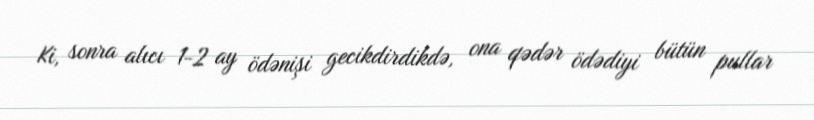
Ki, sonra alıcı 1-2 ay ödənişi gecikdirdikdə, ona qədər ödədiyi bütün pullar